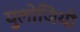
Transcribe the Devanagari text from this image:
युलोजियो